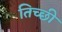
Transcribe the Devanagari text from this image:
तिच्छी